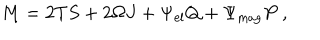
M = 2 T S + 2 \Omega J + \Psi _ { \mathrm { e l } } Q + \Psi _ { \mathrm { m a g } } P \ ,